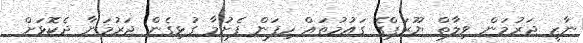
ނާޒީ ޖަރުމަން ވިލާތް ޔޫރަޕްގެ ގައުމުތައް ހިފަން ފެށުމާ ގުޅިގެން ޖަރުމަނާ ދެކޮޅަށް